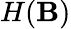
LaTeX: H(\mathbf{B})